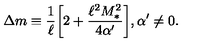
\Delta m \equiv \frac { 1 } { \ell } \bigg [ 2 + \frac { \ell ^ { 2 } M _ { * } ^ { 2 } } { 4 \alpha ^ { \prime } } \bigg ] , \alpha ^ { \prime } \neq 0 .